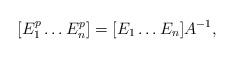
LaTeX: \begin{align*}[E_1^p \dots E_n^p] = [E_1 \dots E_n]A^{-1},\end{align*}